Indian journal of veterinary science and animal husbandry - Volumes 18-21, 1948-1951
Year: 1948
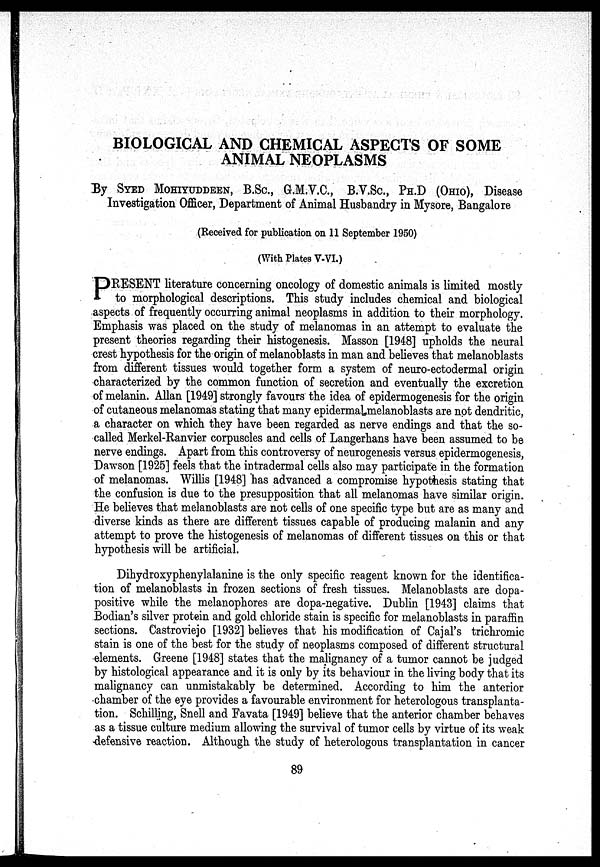
BIOLOGICAL AND CHEMICAL ASPECTS OF SOME
ANIMAL NEOPLASMS
By SYED MOHIYUDDEEN, B.Sc., G.M.V.C., B.V.Sc, PH.D (OHIO), Disease
Investigation Officer, Department of Animal Husbandry in Mysore, Bangalore
(Received for publication on 11 September 1950)
(With Plates V-VI.)
P RESENT literature concerning oncology of domestic animals is limited mostly
to morphological descriptions. This study includes chemical and biological
aspects of frequently occurring animal neoplasms in addition to their morphology.
Emphasis was placed on the study of melanomas in an attempt to evaluate the
present theories regarding their histogenesis. Masson [1948] upholds the neural
crest hypothesis for the origin of melanoblasts in man and believes that melanoblasts
from different tissues would together form a system of neuro-ectodermal origin
characterized by the common function of secretion and eventually the excretion
of melanin. Allan [1949] strongly favours the idea of epidermogenesis for the origin
of cutaneous melanomas stating that many epidermal melanoblasts are not dendritic,
a character on which they have been regarded as nerve endings and that the so-
called Merkel-Ranvier corpuscles and cells of Langerhans have been assumed to be
nerve endings. Apart from this controversy of neurogenesis versus epidermogenesis,
Dawson [1925] feels that the intradermal cells also may participate in the formation
of melanomas. Willis [1948] has advanced a compromise hypothesis stating that
the confusion is due to the presupposition that all melanomas have similar origin.
He believes that melanoblasts are not cells of one specific type but are as many and
diverse kinds as there are different tissues capable of producing malanin and any
attempt to prove the histogenesis of melanomas of different tissues on this or that
hypothesis will be artificial.
Dihydroxyphenylalanine is the only specific reagent known for the identifica-
tion of melanoblasts in frozen sections of fresh tissues. Melanoblasts are dopa-
positive while the melanophores are dopa-negative. Dublin [1943] claims that
Bodian's silver protein and gold chloride stain is specific for melanoblasts in paraffin
sections. Castroviejo [1932] believes that his modification of Cajal's trichromic
stain is one of the best for the study of neoplasms composed of different structural
elements. Greene [1948] states that the malignancy of a tumor cannot be judged
by histological appearance and it is only by its behaviour in the living body that its
malignancy can unmistakably be determined. According to him the anterior
chamber of the eye provides a favourable environment for heterologous transplanta-
tion. Schilling, Snell and Favata [1949] believe that the anterior chamber behaves
as a tissue culture medium allowing the survival of tumor cells by virtue of its weak
defensive reaction. Although the study of heterologous transplantation in cancer
89